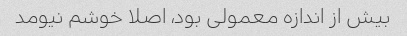
بیش از اندازه معمولی بود، اصلا خوشم نیومد